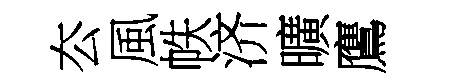
厺風帙济曠鷹